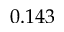
0 . 1 4 3